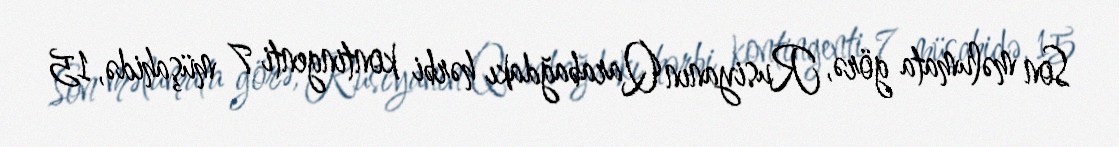
Son məlumata görə, Rusiyanın Qarabağdakı hərbi kontingenti 7 müşahidə, 15